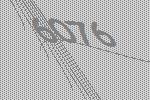
6076